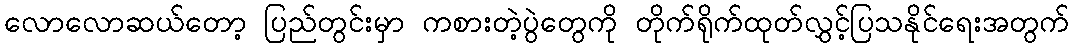
လောလောဆယ်တော့ ပြည်တွင်းမှာ ကစားတဲ့ပွဲတွေကို တိုက်ရိုက်ထုတ်လွှင့်ပြသနိုင်ရေးအတွက်